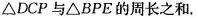
$$△DCP与△BPE的周长之和。